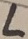
Text: L